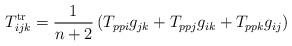
LaTeX: \begin{align*}T^{\textrm{tr}}_{ijk}=\frac{1}{n+2}\left( T_{ppi}g_{jk}+T_{ppj}g_{ik}+T_{ppk}g_{ij} \right)\end{align*}